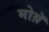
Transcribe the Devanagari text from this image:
मोय़ॅ